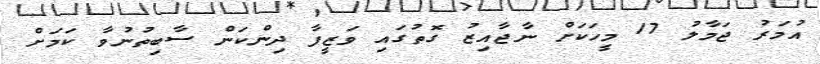
އުމަރު ޖަމާލު 17 މީހަކަށް ނާޖާއިޒު ގޮތުގައި ވަޒީފާ ދިންކަން ސާބިތުނުވާ ކަމަށް